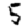
Digit: 5